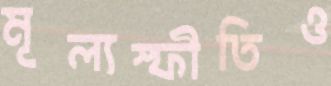
মূল্যস্ফীতিও